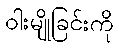
ဝါးမျိုခြင်းကို